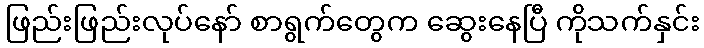
ဖြည်းဖြည်းလုပ်နော် စာရွက်တွေက ဆွေးနေပြီ ကိုသက်နှင်း